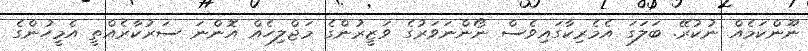
ނޫންކަމެއް ނުކުރޭ. ބަލަގަ އެމެރިކާގައިވެސް ނޯންނަވަރުގެ ވަޒީރުންގެ މަޖްލިހެއް އޮންނަ ސަރުކާރެއްތީ އެމީހުންގެ